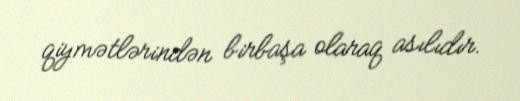
qiymətlərindən birbaşa olaraq asılıdır.